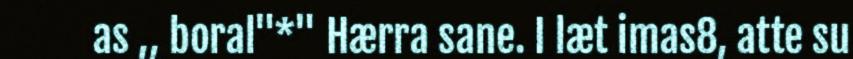
as ,, boral"*" Hærra sane. I læt imas8, atte su